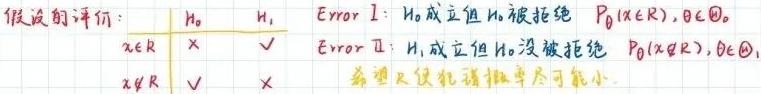
\begin{tabular}{|c|c|c|c|}
\hline 假设的评价 & $H_0$ & $H_1$ &  \\
\hline$x \in R$ & $\times$ & $\checkmark$ & Error I: $H_0$ 成立但 $H_0$ 被拒绝 $P_0(x \in R), \theta \in \Theta_0$ \\
\hline$x \notin R$ & $\checkmark$ & $\times$ & Error II: $H_1$ 成立但 $H_0$ 没被拒绝 $P_0(x \notin R), \theta \in \Theta_1$ \\
\hline
\end{tabular}
希望 II 类错误概率尽可能小.